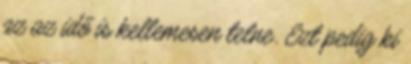
az az idő is kellemesen telne. Ezt pedig ki